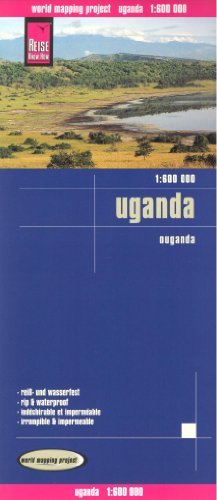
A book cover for Uganda 1:600,000 Travel Map, waterproof, GPS compatible REISE; Reise Knowhow; Travel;